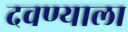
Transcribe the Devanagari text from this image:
दवण्याला